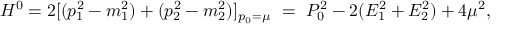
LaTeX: H ^ { 0 } = 2 [ ( p _ { 1 } ^ { 2 } - m _ { 1 } ^ { 2 } ) + ( p _ { 2 } ^ { 2 } - m _ { 2 } ^ { 2 } ) ] _ { p _ { 0 } = \mu } \, \, = \, \, P _ { 0 } ^ { 2 } - 2 ( E _ { 1 } ^ { 2 } + E _ { 2 } ^ { 2 } ) + 4 \mu ^ { 2 } ,